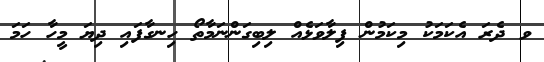
ވ ދެރަ އެކަމަކު މިކަމުން ފިލާވަޅެއް ލިބިގަންނަމާތޯ ހިނގާފައި ދިޔަ މީހާ ހަމަ